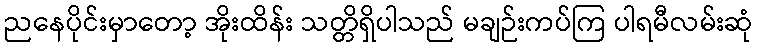
ညနေပိုင်းမှာတော့ အိုးထိန်း သတ္တိရှိပါသည် မချဉ်းကပ်ကြ ပါရမီလမ်းဆုံ